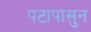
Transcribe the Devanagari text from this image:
पटापासुन